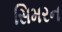
સિમરન